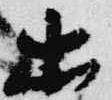
出